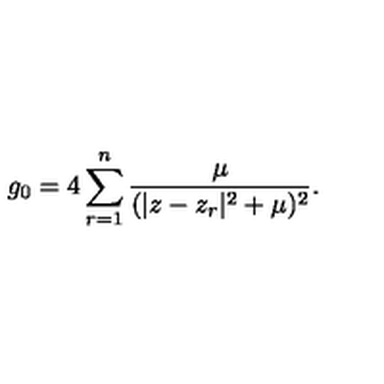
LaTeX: g _ { 0 } = 4 \sum _ { r = 1 } ^ { n } { \frac { \mu } { ( | z - z _ { r } | ^ { 2 } + \mu ) ^ { 2 } } } .